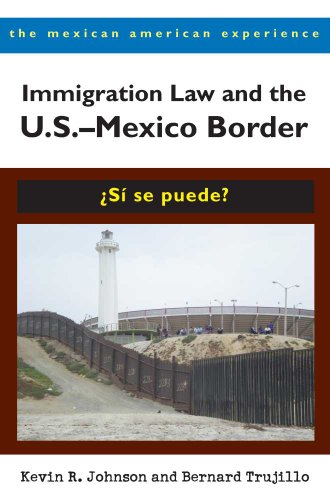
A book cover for Immigration Law and the U.S.EEMexico Border: Â¿SÃ­ se puede? (The Mexican American Experience); Kevin R. Johnson; Law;